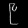
Digit: ၉